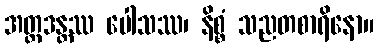
အတ္တဒန္တဿ ပေါသဿ၊ နိစ္စံ သညတစာရိနော။